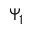
\Psi _ { 1 }